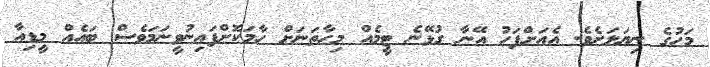
މަހުގެ ނިޔަލަށެވެ. އެއަށްފަހު އޭނާ ގުޅޭނެ ޓީމެއް މިހާތަނަށް ހާމަކޮށްފައިނުވީނަމަވެސް ބައެއް މީޑިއާ